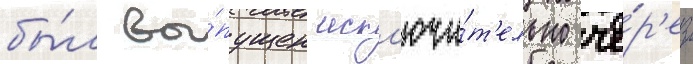
бы́л вы́пущен искл'ючи́т'ельно че́р'ез